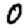
Digit: 0